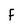
Character: F